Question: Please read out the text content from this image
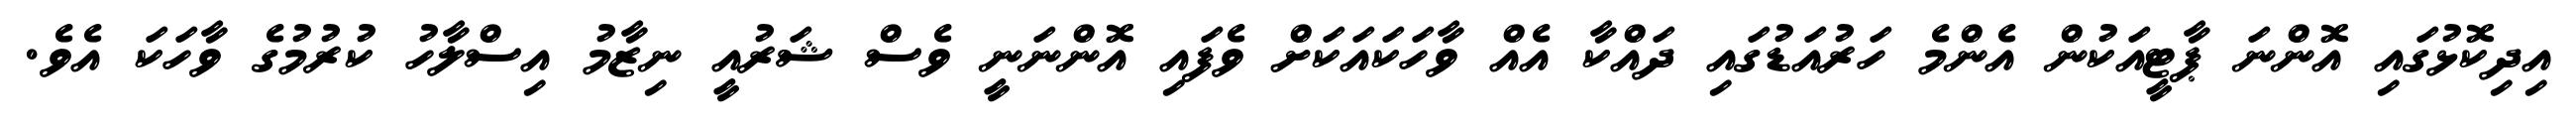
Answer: އިދިކޮޅުގައި އޮންނަ ޕާޓީއަކުން އެންމެ ހަރުއަޑުގައި ދައްކާ އެއް ވާހަކައަކަށް ވެފައި އޮންނަނީ ވެސް ޝަރުއީ ނިޒާމު އިސްލާހު ކުރުމުގެ ވާހަކަ އެވެ.